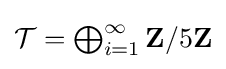
{\textstyle {\mathcal {T}}=\bigoplus _{i=1}^{\infty }\mathbf {Z} /5\mathbf {Z} }